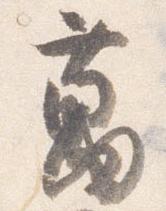
万